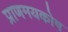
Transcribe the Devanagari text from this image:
प्राणमयकोष